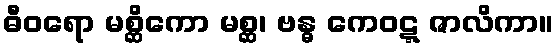
ဓီဝရော မစ္ဆိကော မစ္ဆ၊ ဗန္ဓ ကေဝဋ္ဋ ဇာလိကာ။